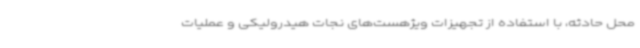
محل حادثه، با استفاده از تجهیزات ویژهست‌های نجات هیدرولیکی و عملیات